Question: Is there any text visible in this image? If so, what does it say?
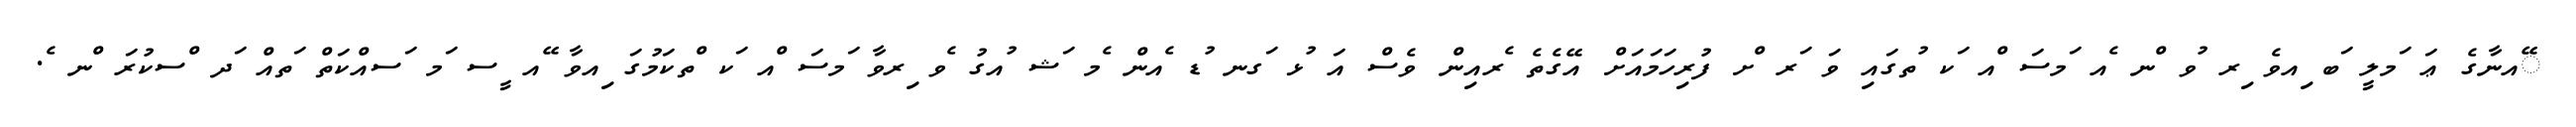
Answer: ޭއނާގެ ޢަ ަމލީ ަބ ިއވެ ިރ ުވ ްނ ެއ ަމސަ ްއ ަކ ުތގައި ވަ ަރ ްށ ފުރިހަމައަށް އޭގެތެ ެރއިން ވެސް އަ ުޅ ަގނ ުޑ ެއން ެމ ަޝ ުއގު ެވ ިރވާ ަމސަ ްއ ަކ ްތކަމުގަ ިއވާ ޭއ ީސ ަމ ަސއްކަތް ަތއް ަދ ްސކުރަ ްނ ެ.